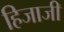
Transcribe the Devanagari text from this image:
हिजाजी